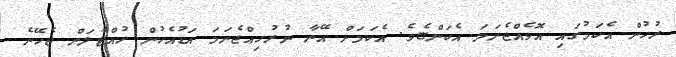
ރުހުން އެކަމުގައި އޮވެއްޖެނަމަ އެކަންޏެވެ. އެކަމަށް އޭނާ ނުރުހިއްޖެނަމަ އަޑުއެހުން ހުއްޓާލަން ޖެހޭނެ